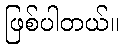
ဖြစ်ပါတယ်။